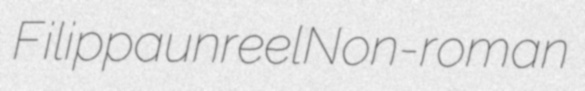
Filippa unreel Non-roman